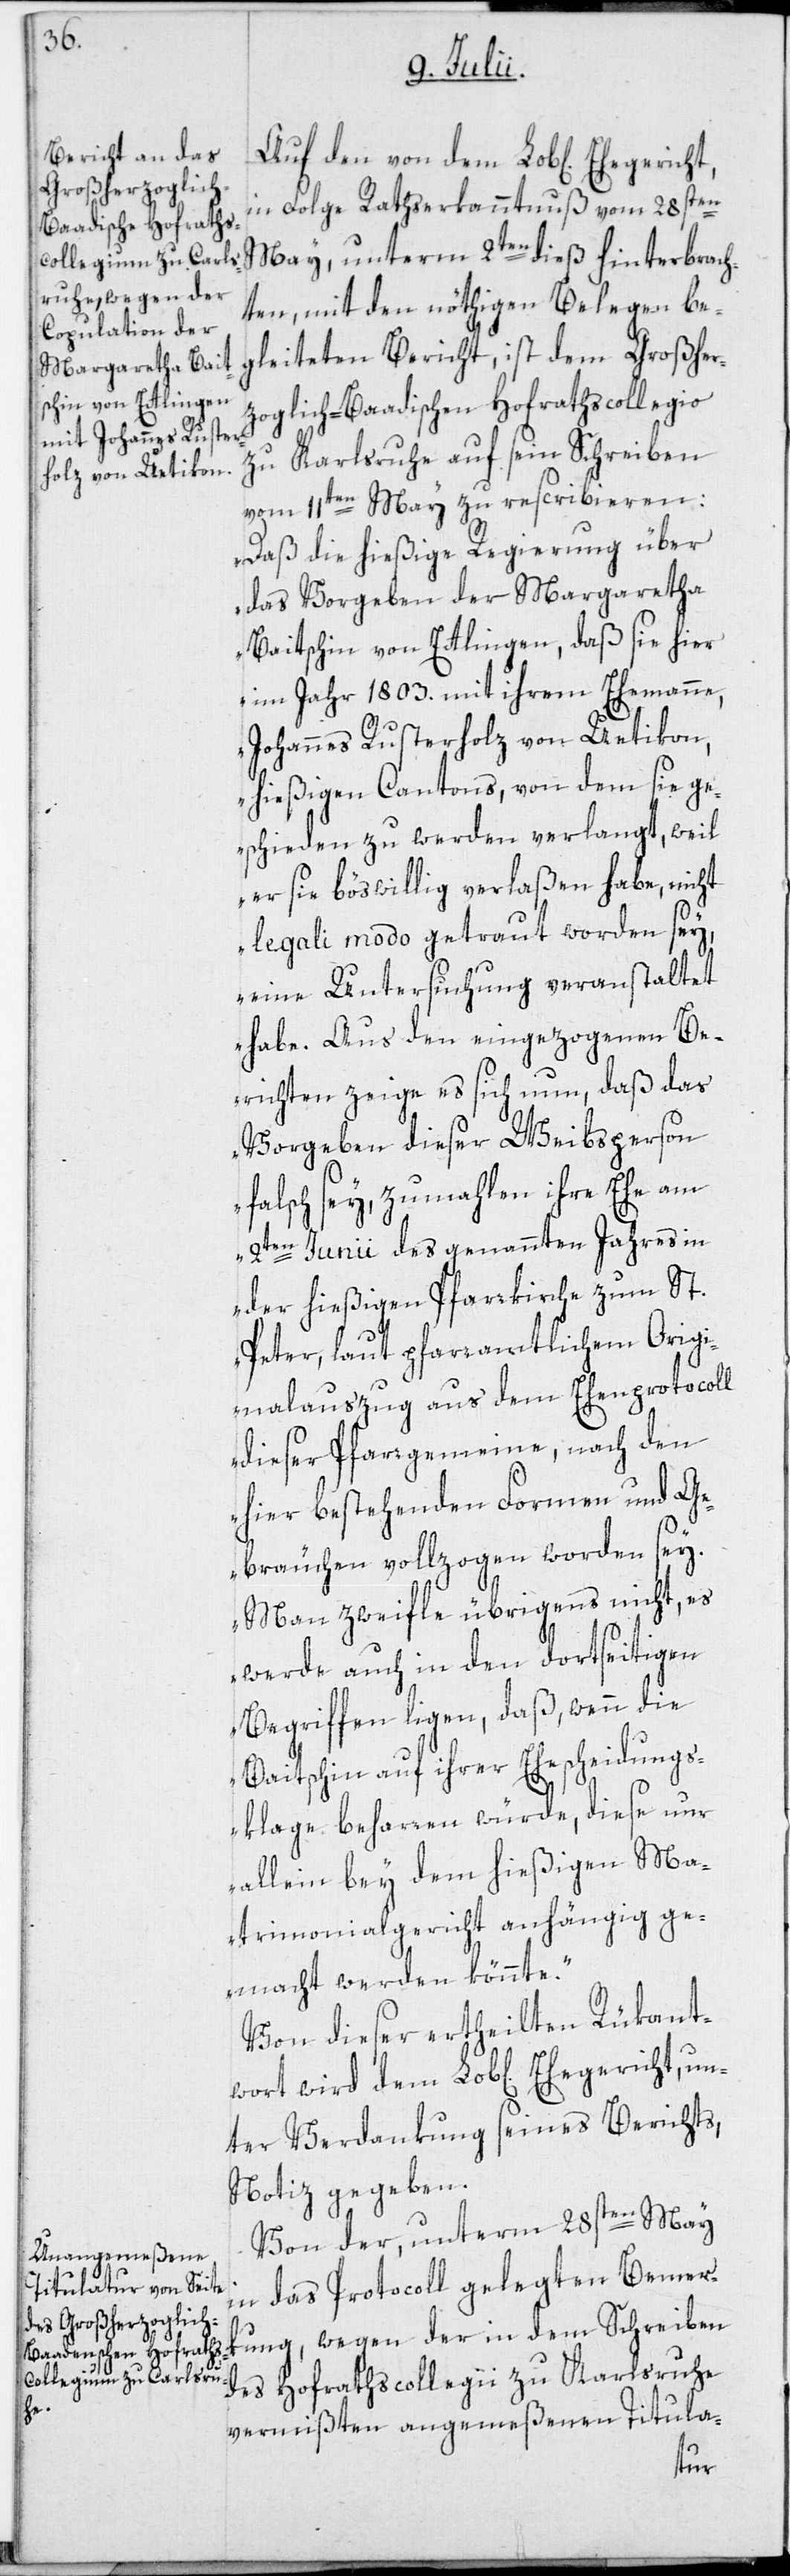
in Folge Rathserkanntnuß vom 28sten
May, unterm 2ten dieß hinterbrach¬
ten, mit den nöthigen Belegen be¬
gleiteten Bericht, ist dem Großher¬
zoglich-Baadischen Hofrathscollegio
zu Karlsruhe auf sein Schreiben
vom 11ten May zu rescribieren:
„Daß die hießige Regierung über
das Vorgeben der Margaretha
Baitschin von Ettlingen, daß sie hier
im Jahr 1803. mit ihrem Ehemanne,
Johannes Rusterholz von Uetikon,
hießigen Cantons, von dem sie ge¬
schieden zu werden verlangt, weil
er sie böswillig verlaßen habe, nicht
legali modo getraut worden sey,
eine Untersuchung veranstaltet
habe. Aus den eingezogenen Be¬
richten zeige es sich nun, daß das
Vorgeben dieser Weibsperson
falsch sey, zumahlen ihre Ehe am
2ten Junii des genannten Jahres in
der hießigen Pfarrkirche zum St.
Peter, laut pfarramtlichem Origi¬
nalauszug aus dem Ehenprotocoll
dieser Pfarrgemeine, nach den
hier bestehenden Formen und Ge¬
bräuchen vollzogen worden sey.
Man zweifle übrigens nicht, es
werde auch in den dortseitigen
Begriffen ligen, daß, wenn die
Baitschin auf ihrer Ehescheidungs¬
klage beharren würde, diese nur
allein bey dem hießigen Ma¬
trimonialgericht anhängig ge¬
macht werden könnte.“
Von dieser ertheilten Rükant¬
ter Verdankung seines Berichts,
Notiz gegeben.
Von der, unterm 28sten May
in das Protocoll gelegten Bemerk¬
ung, wegen der in dem Schreiben
des Hofrathscollegii zu Karlsruhe
vermißten angemeßenen Titula-
un¬